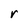
Character: r